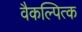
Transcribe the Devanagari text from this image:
वैकल्पित्क